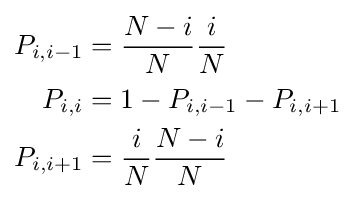
{\begin{aligned}P_{i,i-1}&={\frac {N-i}{N}}{\frac {i}{N}}\\P_{i,i}&=1-P_{i,i-1}-P_{i,i+1}\\P_{i,i+1}&={\frac {i}{N}}{\frac {N-i}{N}}\\\end{aligned}}